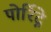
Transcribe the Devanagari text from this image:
पोर्रिद्गे